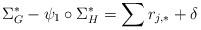
LaTeX: \begin{align*}\Sigma_G^* - \psi_1 \circ \Sigma_H^* = \sum r_{j,*} + \delta\end{align*}